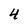
Character: 4